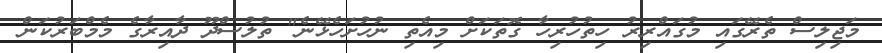
މަޖިލިސް ތެރޭގައި މުގައްރިރު ހިތުހުރިހާ ގޮތަކަށް މިއެތި ނުހުށަހެޅޭނެ" ތުލުސްދޫ ދާއިރާގެ މެމްބަރުކަން